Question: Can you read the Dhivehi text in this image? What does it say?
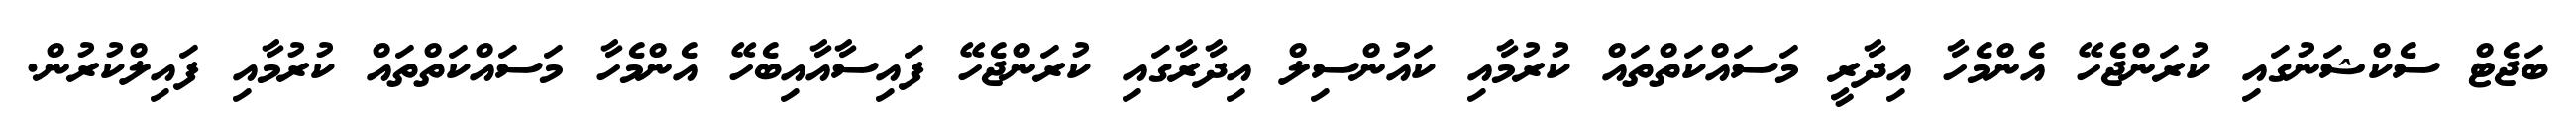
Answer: ބަޖެޓް ސެކްޝަނުގައި ކުރަންޖެހޭ އެންމެހާ އިދާރީ މަސައްކަތްތައް ކުރުމާއި ކައުންސިލް އިދާރާގައި ކުރަންޖެހޭ ފައިސާއާއިބެހޭ އެންމެހާ މަސައްކަތްތައް ކުރުމާއި ފައިލްކުރުން.